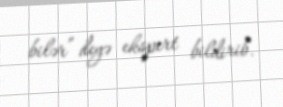
bilər” deyə ekspert bildirib.